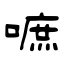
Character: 嗻